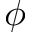
\phi